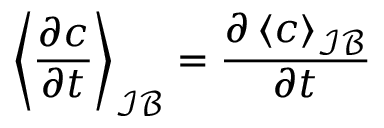
\left\langle \frac { \partial c } { \partial t } \right\rangle _ { \mathcal { I B } } = \frac { \partial \left\langle c \right\rangle _ { \mathcal { I B } } } { \partial t }